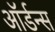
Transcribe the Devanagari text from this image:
ऑर्डन्स